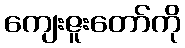
ကျေးဇူးတော်ကို